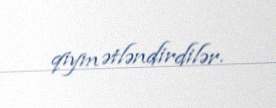
qiymətləndirdilər.